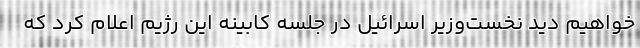
خواهیم دید نخست‌وزیر اسرائیل در جلسه کابینه این رژیم اعلام کرد که